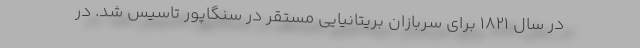
در سال ۱۸۲۱ برای سربازان بریتانیایی مستقر در سنگاپور تاسیس شد. در